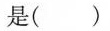
是()